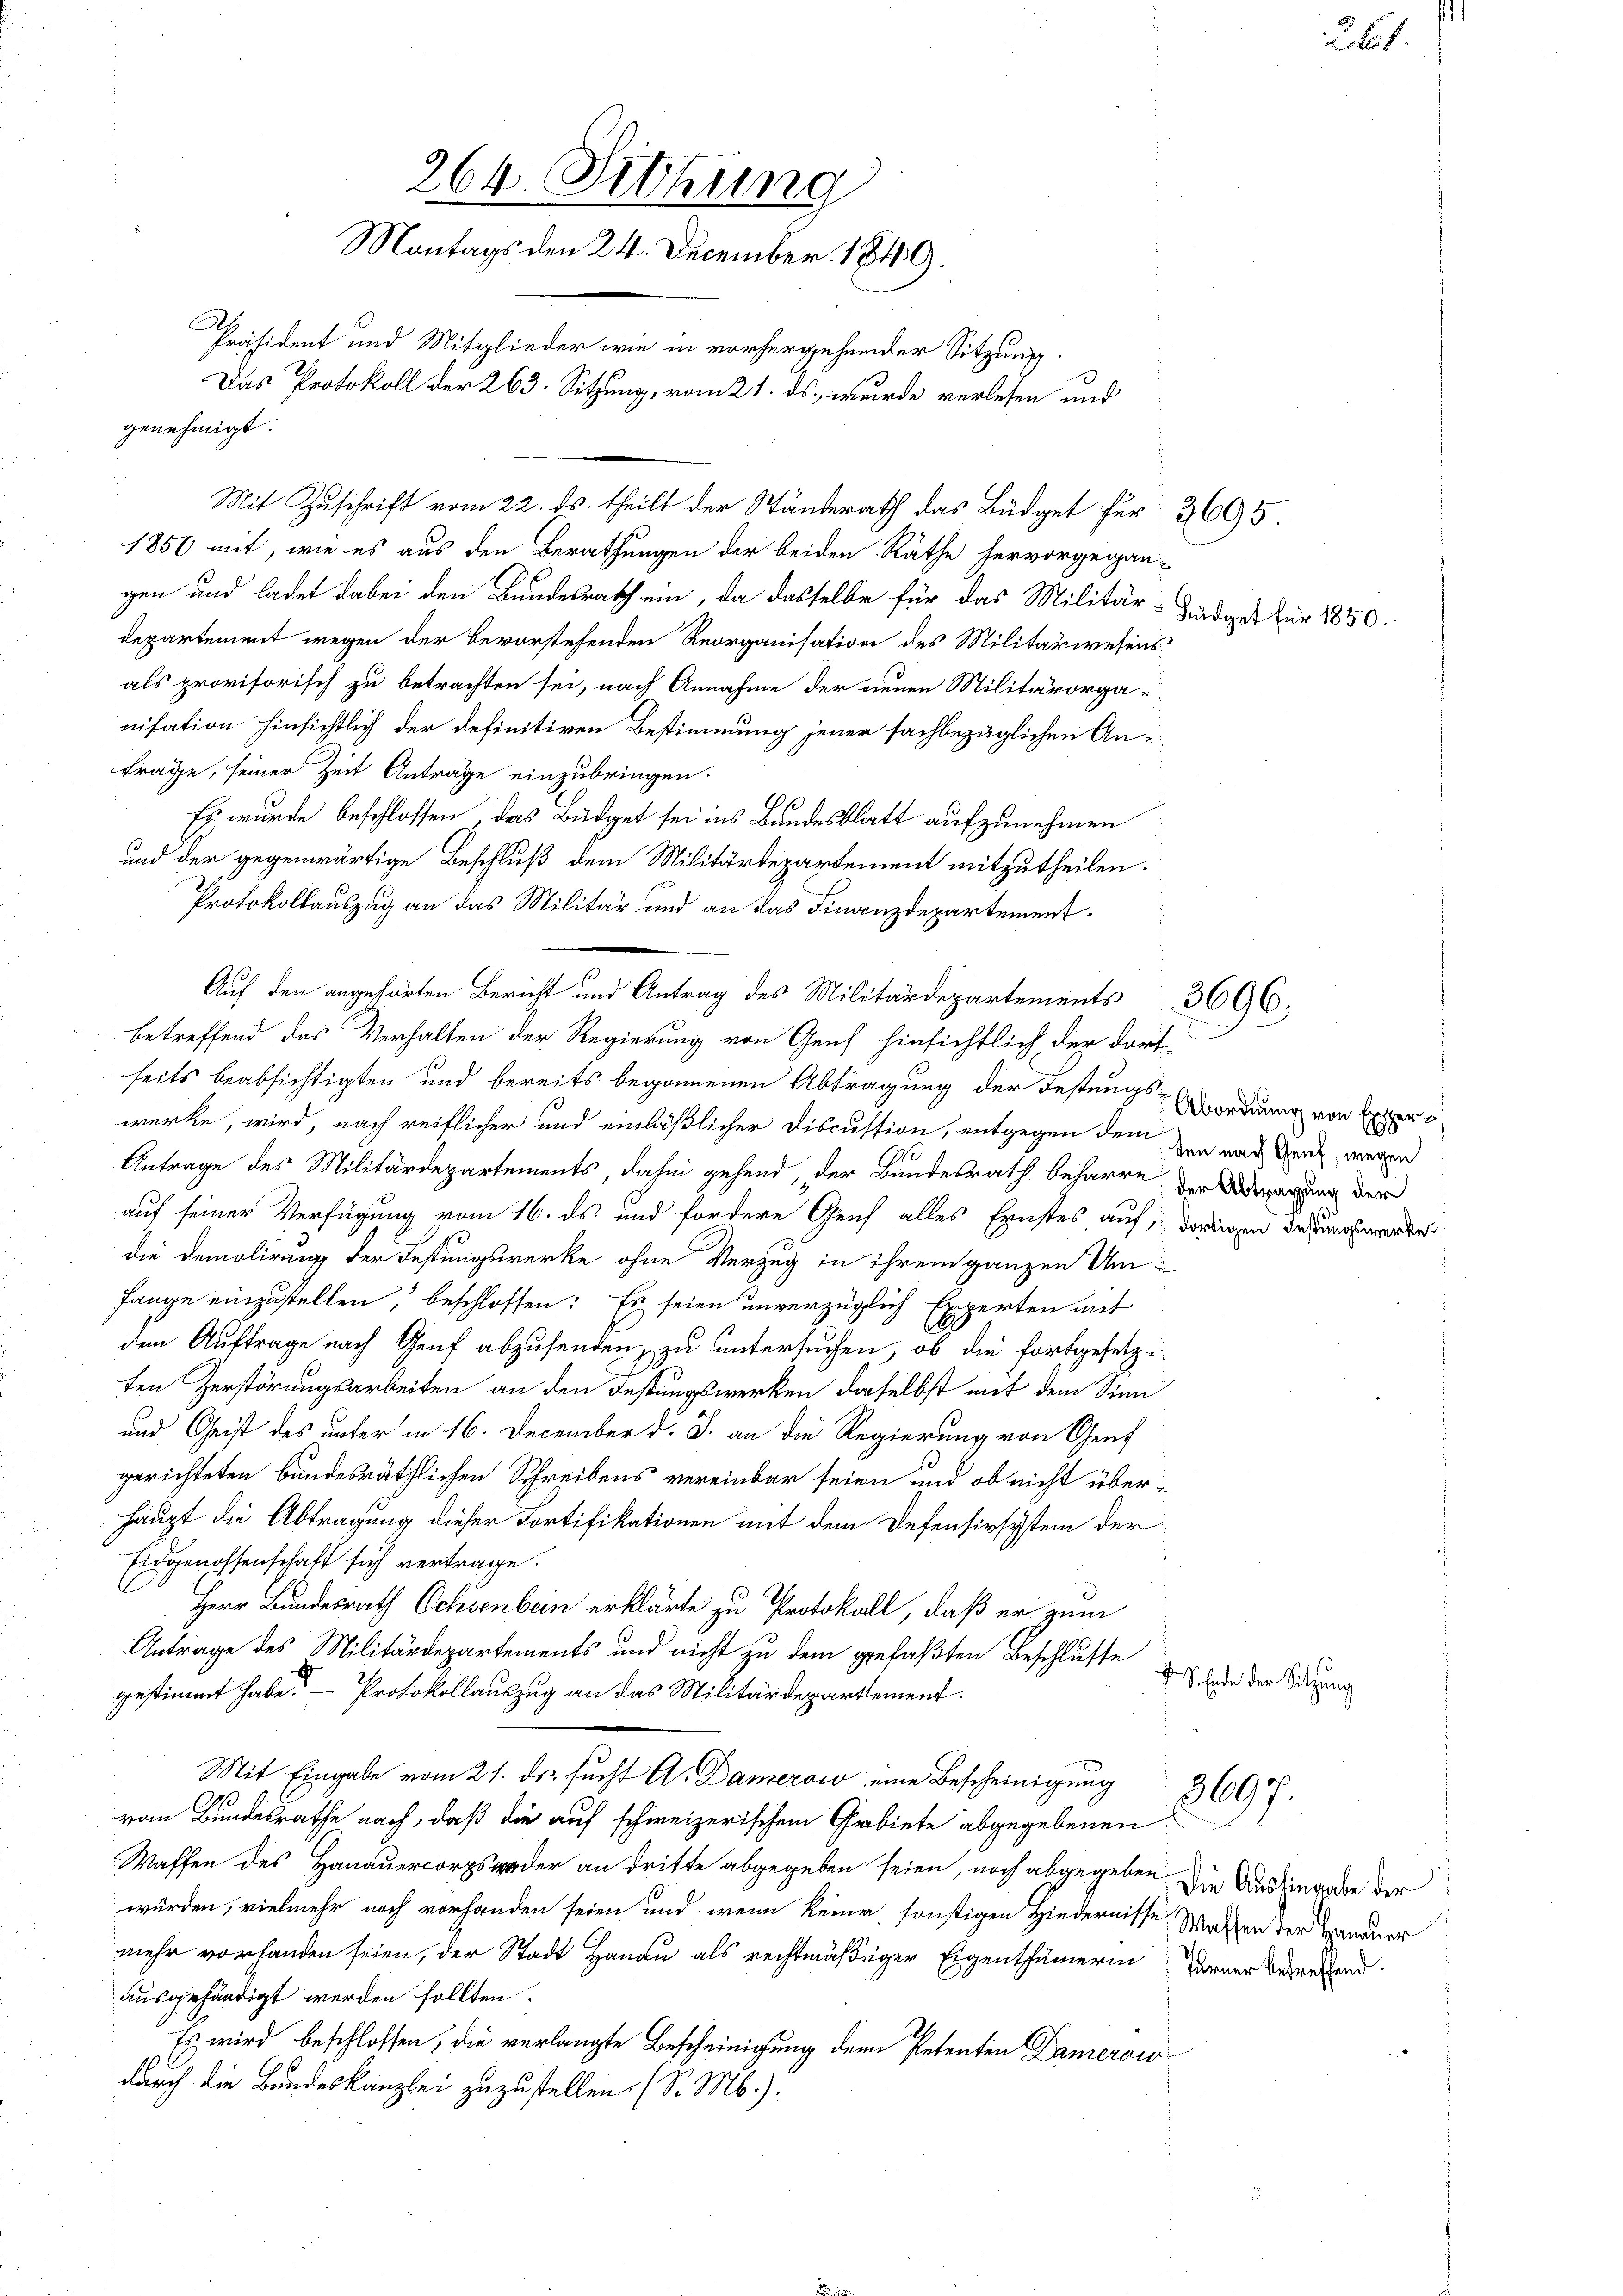
264. Setzung
Montags den 24. December 1849.
.
Präsident und Mitglieder wie in vorhergehender Sitzung.
Das Protokoll der 263. Sitzung, vom 21. ds., wurde verlesen und
genehmigt.

1856 mit, wie es aus den Berathungen der beiden Räthe hervorgegan-
gen und ladet dabei den Bundesrath ein, da dasselbe für das Militär-Landges für 1850.
departement wegen der bevorstehenden Reorganisation des Militärwesens
als provisorisch zu betrachten sei, nach Annahme der neuen Militärorganisation hinsichtlich der definitiven Bestimmung jener sachbezüglichen Anfrage, seiner Zeit Anträge einzubringen.
Es wurde beschlossen, das Büdget sei ins Bundesblatt aufzunehmen
und der gegenwärtige Beschluß dem Militärdepartement mitzutheilen.
Protokollauszug an das Militär- und an das Finanzdepartementseits beabsichtigten und bereits begonnenen Abtragung der Festungswerke, wird, nach reiflicher und einläßlicher Discussion, entgegen dem der nach Genf, wegen
Antrage des Militärdepartements, dahin gehend, der Bundesrath beharre der Anderung der
auf seiner Verfügung vom 16. ds. und fordere Genf alles Ernstes auf,
die Demolirung der Festungswerke ohne Verzug in ihrem ganzen Umfange einzustellen, beschlossen: Es seien unverzüglich Experten mit
den Auftrage nach Genf abzusenden, zu untersuchen, ob die fortgesetze
ten Zerstörungsarbeiten an den Festungswerken daselbst mit dem Sinn
und Geist des unter in 16. December d. J. an die Regierung von Genf
gerichteten bundesräthlichen Schreibens vereinbar seien und ob nicht überhaupt die Abtragung dieser Fortifikationen mit dem Defensirsystem der
Eidgenossenschaft sich vertrage.
Herr Bundesrath Ochsenbein erklärte zu Protokoll, daß er zum
Antrage des Militärdepartements und nicht zu dem gefaßten Beschlusse
gestimmt habe? – Protokollauszug an das Militärdepartement.
Mit Eingabe vom 21. ds. sucht A. Damerow eine Bescheinigung
vom Bundesrathe nach, daß die auf schweizerischem Gebiete abgegebenen
Waffen des Hanauercorps weder an dritte abgegeben seien, noch abgegeben. Die Ausfinanden der
würden, vielmehr noch vorhanden seien und wenn keine sonstigen Hindernisse
mehr vorhanden seien, der Stadt Hande als rechtmäßiger Eigenthümerin
ausgehändigt werden sollten.
Es wird beschlossen, die verlangte Bescheinigung dem Petenten Damerois
durch die Bundeskanzlei zuzustellen (S. M.):

Auf den angehörten Bericht und Antrag des Militärdepartements 3696.
betreffend das Verhalten der Regierung von Genf hinsichtlich der dort

Mit Zuschrift vom 22. ds. theilt der Ständerath das Büdget für 3695.

Abordnung von Exper
dortigen Festungswerke

3697.

f S. Ende der Sitzung

Waffen der Hanauer
Tarner betreffend.

261.